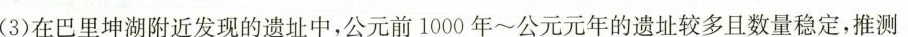
(3)在巴里坤湖附近发现的遗址中，公元前1000年~公元元年的遗址较多且数量稳定，推测